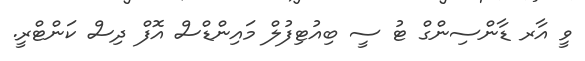
ވީ އާރ ޑާންސިންގް ޓު ސީ ބިއުޓިފުލް މައިންޑްސް އޮފް ދިސް ކަންޓްރީ.